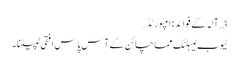
3. آلہ کے فوائد: امپورٹڈ…
ٹیوب لیبلنگ مماچائن کے آس پاس افقی لپیٹنا۔